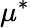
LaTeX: \mu^{\ast}